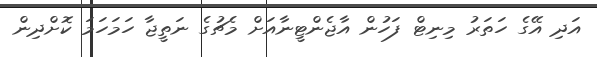
އަދި އޭގެ ހަތަރު މިނިޓް ފަހުން އާޖެންޓީނާއަށް މެޗުގެ ނަތީޖާ ހަމަހަމަ ކޮށްދިން